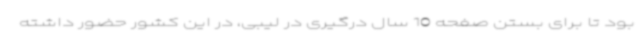
بود تا برای بستن صفحه 10 سال درگیری در لیبی، در این کشور حضور داشته